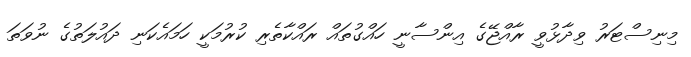
މިނިސްޓަރު ވިދާޅުވީ ރާއްޖޭގެ އިންސާނީ ހައްގުތައް ރައްކާތެރި ކުރުމަކީ ހަމައެކަނި ދައުލަތުގެ ނުވަތަ